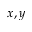
x , y